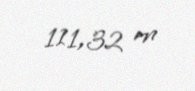
111,32 m